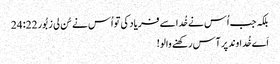
بلکہ جب اُس نے خُدا سے فریاد کی تو اُس نے سُن لی زبُور 22: 24
اَے خُداوند پر آس رکھنے والو!